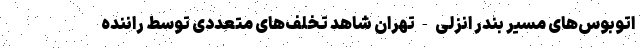
اتوبوس‌های مسیر بندر انزلی-تهران شاهد تخلف‌های متعددی توسط راننده